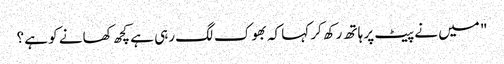
" میں نے پیٹ پر ہاتھ رکھ کر کہا کہ بھوک لگ رہی ہے کچھ کھانے کو ہے ؟